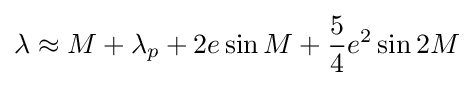
\lambda \approx M+\lambda _{p}+2e\sin {M}+{\frac {5}{4}}e^{2}\sin {2M}